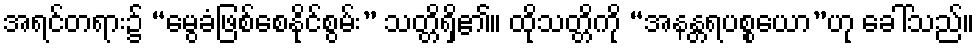
အရင်တရား၌ “မွေခံဖြစ်စေနိုင်စွမ်း” သတ္တိရှိ၏။ ထိုသတ္တိကို “အနန္တရပစ္စယော”ဟု ခေါ်သည်။